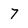
Character: 7